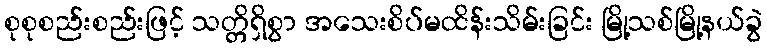
စုစုစည်းစည်းဖြင့် သတ္တိရှိစွာ အသေးစိပ်မထိန်းသိမ်းခြင်း မြို့သစ်မြို့နယ်ခွဲ